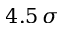
4 . 5 \, \sigma